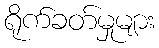
ရိုက်ခတ်မှုများ